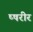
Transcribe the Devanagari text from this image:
ष्षरीर